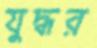
যুদ্ধর